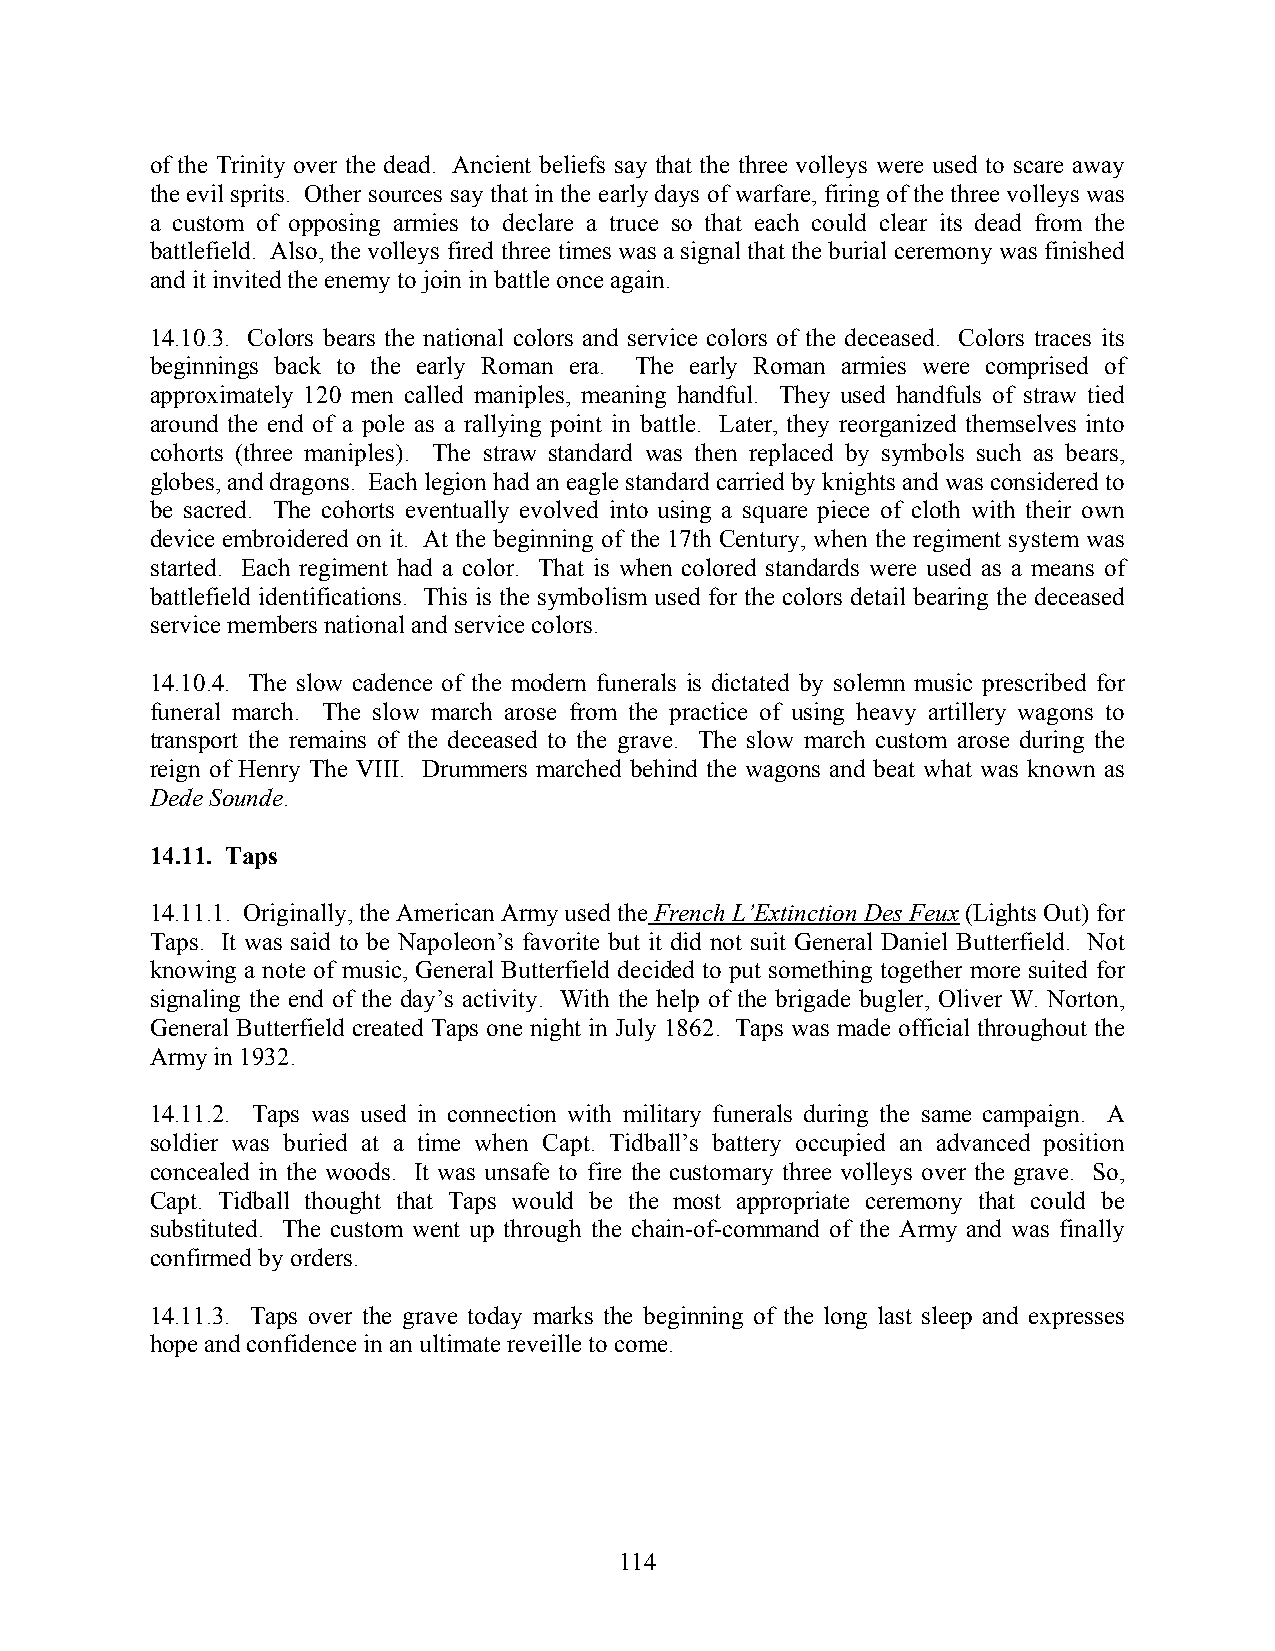
of the Trinity over the dead. Ancient beliefs say that the three volleys were used to scare away
 the evil sprits. Other sources say that in the early days of warfare, firing of the three volleys was
 a custom of opposing armies to declare a truce so that each could clear its dead from the
 battlefield. Also, the volleys fired three times was a signal that the burial ceremony was finished
 and it invited the enemy to join in battle once again.
 14.10.3. Colors bears the national colors and service colors of the deceased. Colors traces its
 beginnings back to the early Roman era. The early Roman armies were comprised of
 approximately 120 men called maniples, meaning handful. They used handfuls of straw tied
 around the end of a pole as a rallying point in battle. Later, they reorganized themselves into
 cohorts (three maniples). The straw standard was then replaced by symbols such as bears,
 globes, and dragons. Each legion had an eagle standard carried by knights and was considered to
 be sacred. The cohorts eventually evolved into using a square piece of cloth with their own
 device embroidered on it. At the beginning of the 17th Century, when the regiment system was
 started. Each regiment had a color. That is when colored standards were used as a means of
 battlefield identifications. This is the symbolism used for the colors detail bearing the deceased
 service members national and service colors.
 14.10.4. The slow cadence of the modern funerals is dictated by solemn music prescribed for
 funeral march. The slow march arose from the practice of using heavy artillery wagons to
 transport the remains of the deceased to the grave. The slow march custom arose during the
 reign of Henry The VIII. Drummers marched behind the wagons and beat what was known as
 Dede Sounde.
 14.11. Taps
 14.11.1. Originally, the American Army used the French L’Extinction Des Feux (Lights Out) for
 Taps. It was said to be Napoleon’s favorite but it did not suit General Daniel Butterfield. Not
 knowing a note of music, General Butterfield decided to put something together more suited for
 signaling the end of the day’s activity. With the help of the brigade bugler, Oliver W. Norton,
 General Butterfield created Taps one night in July 1862. Taps was made official throughout the
 Army in 1932.
 14.11.2. Taps was used in connection with military funerals during the same campaign. A
 soldier was buried at a time when Capt. Tidball’s battery occupied an advanced position
 concealed in the woods. It was unsafe to fire the customary three volleys over the grave. So,
 Capt. Tidball thought that Taps would be the most appropriate ceremony that could be
 substituted. The custom went up through the chain-of-command of the Army and was finally
 confirmed by orders.
 14.11.3. Taps over the grave today marks the beginning of the long last sleep and expresses
 hope and confidence in an ultimate reveille to come.
 114